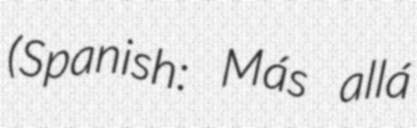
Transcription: (Spanish: Más allá